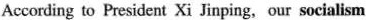
According to Presidcnt Xi Jinping, our socialism